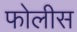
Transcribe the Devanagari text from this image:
फोलीस